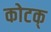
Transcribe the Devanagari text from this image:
कोटक्